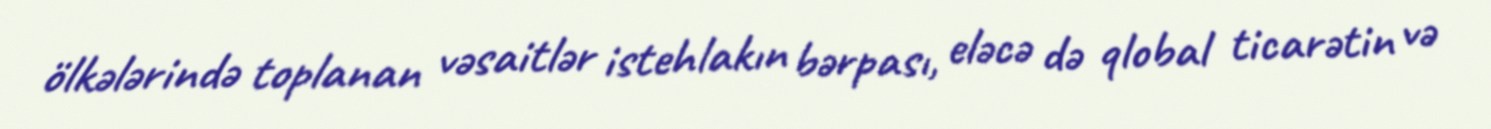
ölkələrində toplanan vəsaitlər istehlakın bərpası, eləcə də qlobal ticarətin və